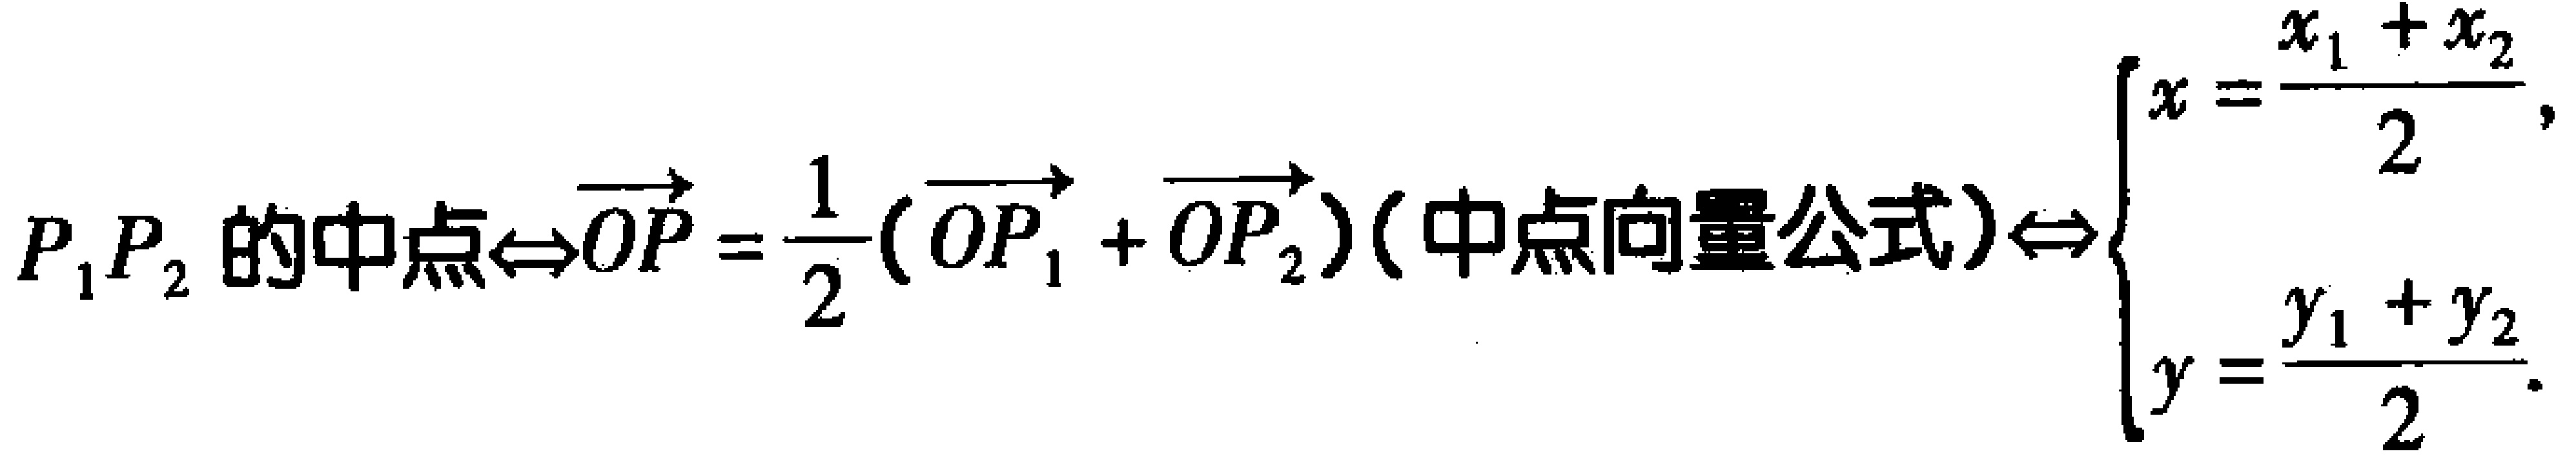
\(P_1P_2 的中点\Leftrightarrow\overrightarrow{OP}=\frac{1}{2}(\overrightarrow{OP_1}+\overrightarrow{OP_2})(中点向量公式)\Leftrightarrow\begin{cases}x = \frac{x_1 + x_2}{2},\\y = \frac{y_1 + y_2}{2}.\end{cases}\)